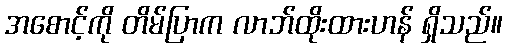
အစောင့်ကို တိမ်ပြာက လာဘ်ထိုးထားဟန် ရှိသည်။